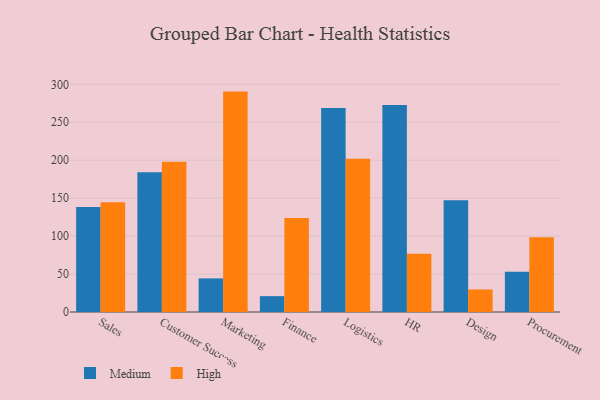
{"axis": {"x": "Department", "y": "Page Views"}, "legend": ["High", "Medium"], "data": [{"x": "Sales", "y": 138.4, "type": "Medium"}, {"x": "Sales", "y": 144.6, "type": "High"}, {"x": "Customer Success", "y": 184.2, "type": "Medium"}, {"x": "Customer Success", "y": 198.1, "type": "High"}, {"x": "Marketing", "y": 44.3, "type": "Medium"}, {"x": "Marketing", "y": 290.4, "type": "High"}, {"x": "Finance", "y": 20.9, "type": "Medium"}, {"x": "Finance", "y": 123.7, "type": "High"}, {"x": "Logistics", "y": 268.7, "type": "Medium"}, {"x": "Logistics", "y": 201.8, "type": "High"}, {"x": "HR", "y": 272.8, "type": "Medium"}, {"x": "HR", "y": 76.8, "type": "High"}, {"x": "Design", "y": 147.2, "type": "Medium"}, {"x": "Design", "y": 29.7, "type": "High"}, {"x": "Procurement", "y": 53.0, "type": "Medium"}, {"x": "Procurement", "y": 98.4, "type": "High"}]}